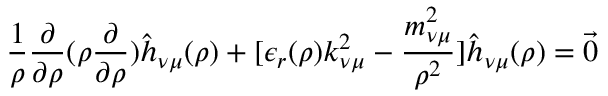
\frac { 1 } { \rho } \frac { \partial } { \partial \rho } ( \rho \frac { \partial } { \partial \rho } ) \hat { h } _ { \nu \mu } ( \rho ) + [ \epsilon _ { r } ( \rho ) k _ { \nu \mu } ^ { 2 } - \frac { m _ { \nu \mu } ^ { 2 } } { \rho ^ { 2 } } ] \hat { h } _ { \nu \mu } ( \rho ) = { \vec { 0 } }